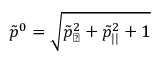
\tilde { p } ^ { 0 } = \sqrt { \tilde { p } _ { \perp } ^ { 2 } + \tilde { p } _ { | | } ^ { 2 } + 1 }